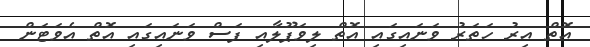
އޮތް އިރު ހަތަރު ވަނައިގައި އޮތް ލިވަޕޫލާއި ފަސް ވަނައިގައި އޮތް އެވަޓަން